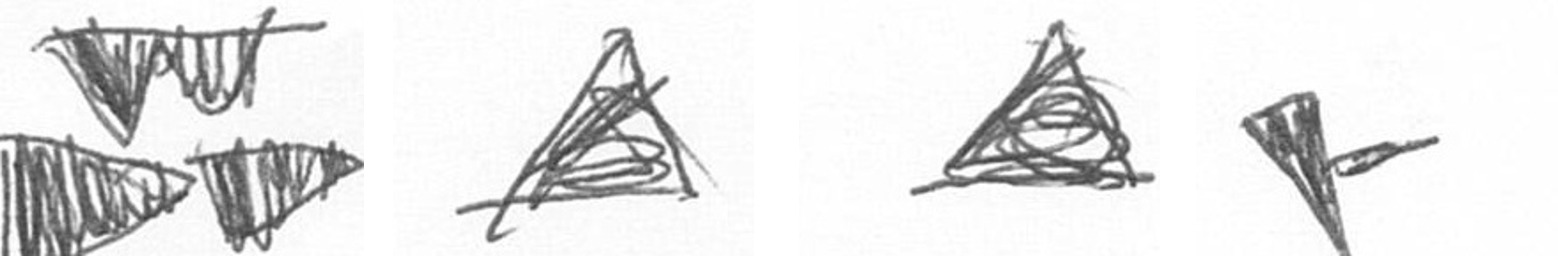
B O O F